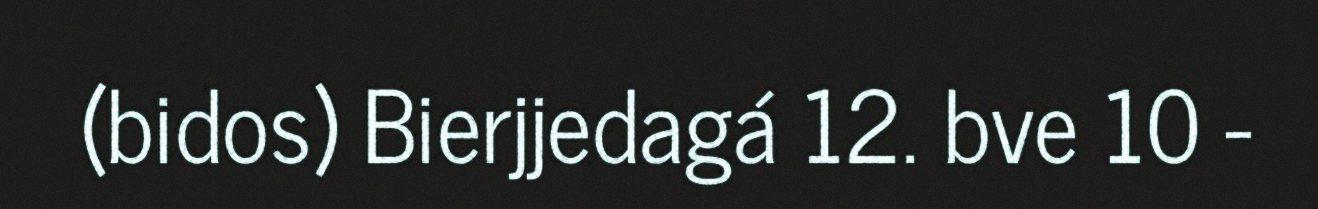
(bidos) Bierjjedagá 12. bve 10 -